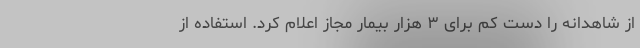
از شاهدانه را دست کم برای ۳ هزار بیمار مجاز اعلام کرد. استفاده از